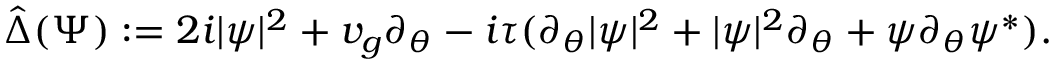
\hat { \Delta } ( \Psi ) : = 2 i | \psi | ^ { 2 } + v _ { g } \partial _ { \theta } - i \tau ( \partial _ { \theta } | { \psi } | ^ { 2 } + | \psi | ^ { 2 } \partial _ { \theta } + \psi \partial _ { \theta } \psi ^ { * } ) .